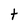
Character: t